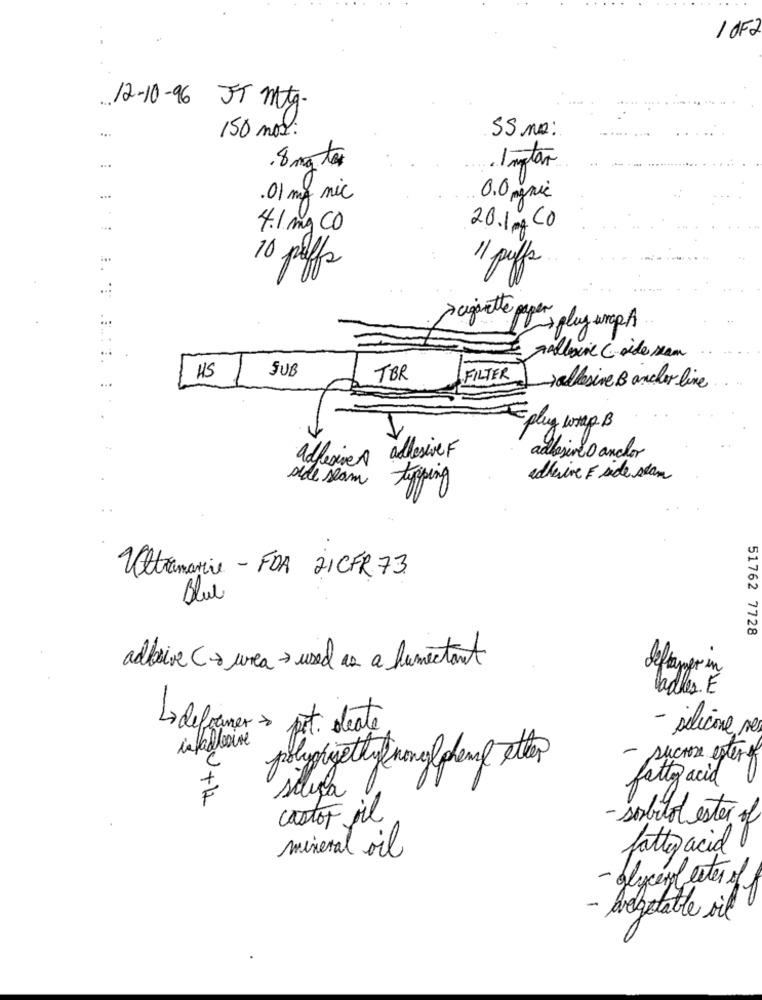
1 OF2
.12-10-96 JT mtg.
...
SS Mo:
150 mos:
.8 mg to
...
...
.01 mg mic
0.0 gnie
4.1 mg CO
20.1 mg C
10 puffs
11 puffs
sugarette paper
- plug-wrap A
Erallesive C side sam
JUB
HS
TBR
FILTER ,allesive B anchor line
Eplug wap B
adhesives allesive F
adhesive D anchor
side seam
adhesive F side stam
tapping
Ultrmarie - FDA 21CFR 73
Blue
51762 7728
adlive C+ urea- used as a humectant
definering
ladles. E
Li deformer pit deate
- silicone,
infallesive
- sucrose estery
polyphgetty nong phene etter
fatty acid
BU+12
soluça
castor oil
- sorbitol ester of
fatty acid
mineral oil
- glycerfester off
Avelgotable vil